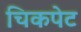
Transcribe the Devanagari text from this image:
चिकपेट